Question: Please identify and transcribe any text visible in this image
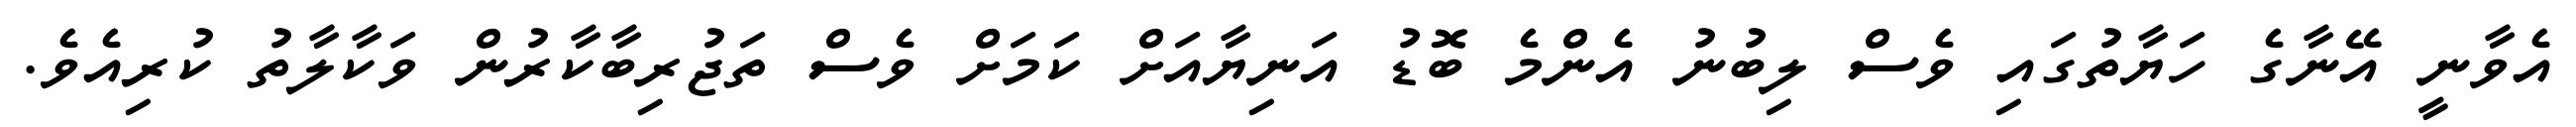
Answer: އެވާނީ އޭނާގެ ހަޔާތުގައި ވެސް ލިބުނު އެންމެ ބޮޑު އަނިޔާއަށް ކަމަށް ވެސް ތަޖުރިބާކާރުން ވަކާލާތު ކުރިއެވެ.